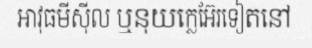
អាវុធមីស៊ីល ឬនុយក្លេអ៊ែរទៀតនៅ